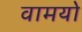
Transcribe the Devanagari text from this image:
वामयो